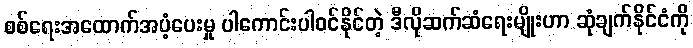
စစ်ရေးအထောက်အပံ့ပေးမှု ပါကောင်းပါဝင်နိုင်တဲ့ ဒီလိုဆက်ဆံရေးမျိုးဟာ ဆုံချက်နိုင်ငံကို